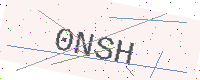
Text: 0NSH